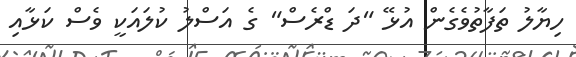
ހިޔާލު ތަފާތުވެގެން އުޅޭ "ދަ ޑްރެސް" ގެ އަސްލު ކުލައަކީ ވެސް ކަޅާއި